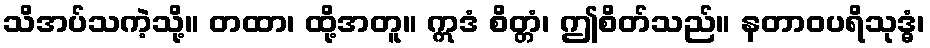
သိအပ်သကဲ့သို့။ တထာ၊ ထို့အတူ။ ဣဒံ စိတ္တံ၊ ဤစိတ်သည်။ နတာဝပရိသုဒ္ဓံ၊